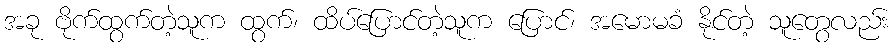
အခု ဗိုက်ထွက်တဲ့သူက ထွက်၊ ထိပ်ပြောင်တဲ့သူက ပြောင်၊ အမောမခံ နိုင်တဲ့ သူတွေလည်း